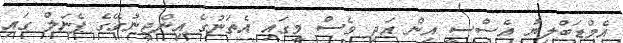
އެމްޑަބްލިޔު އެސްސީ އިން އަދި ވެސް މީގައި އެތަނުގެ އިންޖީނުގޭގެ ޕެނަލް ގައި